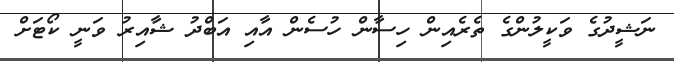
ނަޝީދުގެ ވަކީލުންގެ ތެރެއިން ހިސާން ހުސެން އާއި އަބްދު ޝާއިރު ވަނީ ކޯޓަށް